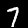
Digit: 7